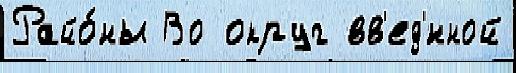
Райо́ны Во округ вв'ед'́нной